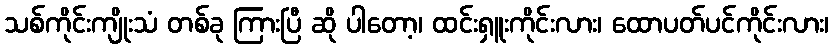
သစ်ကိုင်းကျိုးသံ တစ်ခု ကြားပြီ ဆို ပါတော့၊ ထင်းရှူးကိုင်းလား၊ ထောပတ်ပင်ကိုင်းလား၊